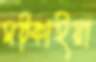
মট্কাইয়া